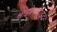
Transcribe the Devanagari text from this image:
श्राइबेरसाइट